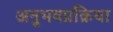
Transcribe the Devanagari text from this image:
अनुभवप्रक्रिया